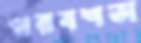
পরবশতা